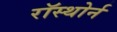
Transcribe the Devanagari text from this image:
रॉस्थोर्न